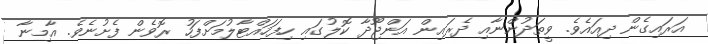
އަރައިގެން ދިއައެވެ. ވީތަދުންނާއި ދެރައިން އަންޖޫދާ ކޮލުގައި ހިފަހައްޓާލުމަށްފަހު ރޮވެން ފެށުނެވެ. އާމިނާ